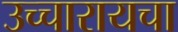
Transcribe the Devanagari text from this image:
उच्चारायचा